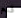
قدم